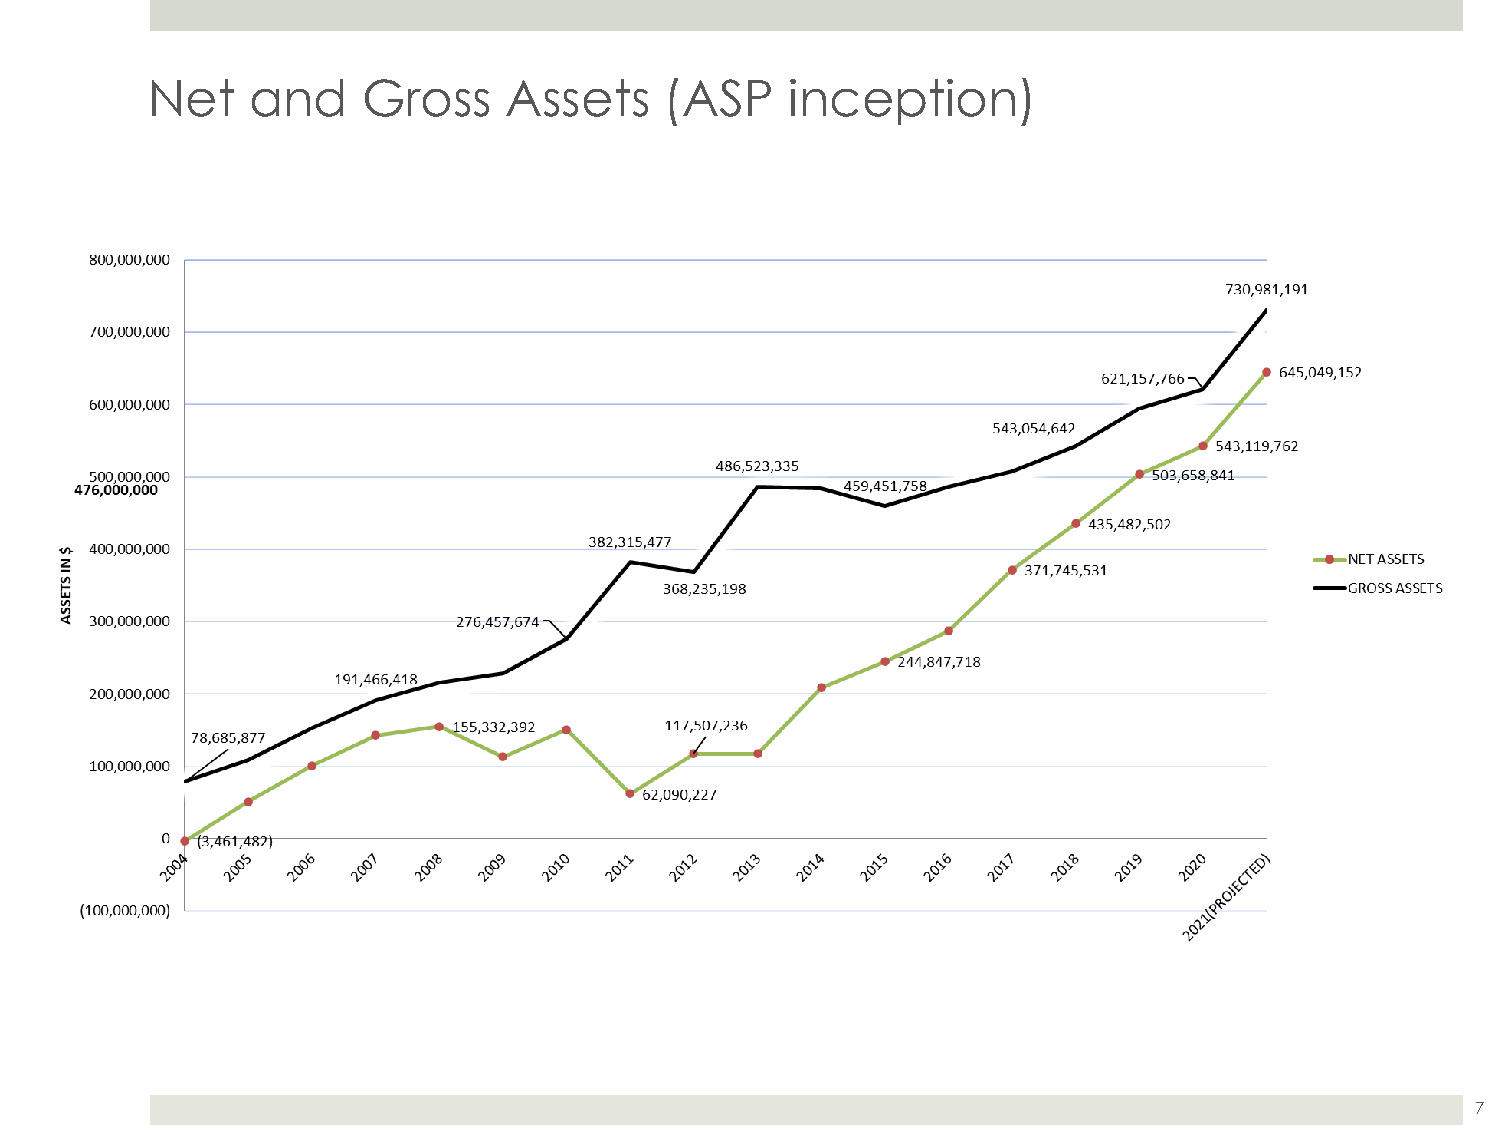
Net   and     Gross    Assets     (ASP    inception)
 7